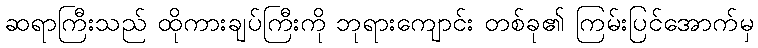
ဆရာကြီးသည် ထိုကားချပ်ကြီးကို ဘုရားကျောင်း တစ်ခု၏ ကြမ်းပြင်အောက်မှ